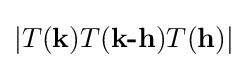
|T({\textbf {k}})T({\textbf {k-h}})T({\textbf {h}})|